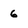
Character: 6